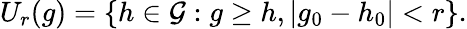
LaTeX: U_{r}(g)=\{ h\in{\mathcal{G}}:g\geq h,|g_{0}-h_{0}|<r\} .